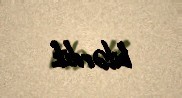
bilərdik.